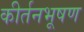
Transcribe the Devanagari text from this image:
कीर्तनभूषण